Indian journal of veterinary science and animal husbandry - Volume 6,
Year: 1936
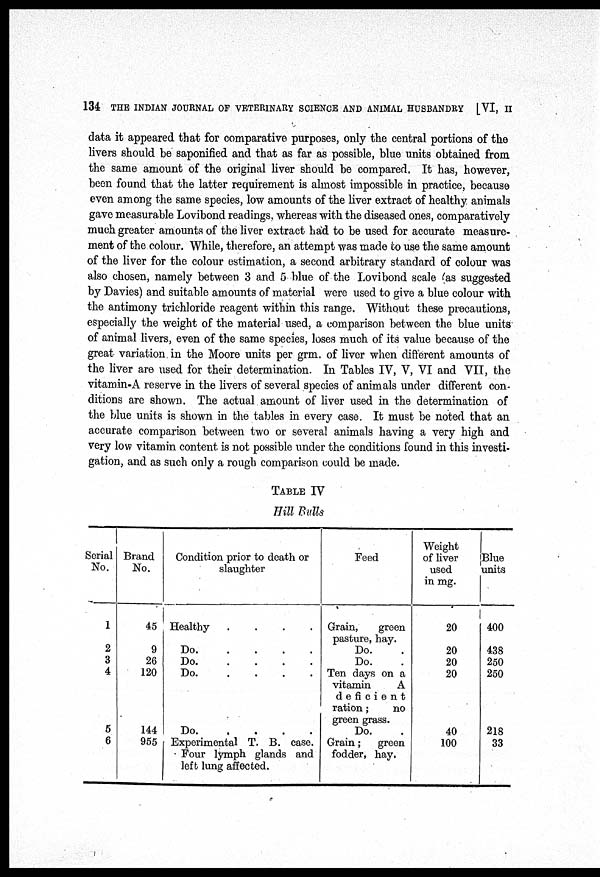
134 THE INDIAN JOURNAL OF VETERINARY SCIENCE AND ANIMAL HUSBANDRY [VI, II
data it appeared that for comparative purposes, only the central portions of the
livers should be saponified and that as far as possible, blue units obtained from
the same amount of the original liver should be compared. It has, however,
been found that the latter requirement is almost impossible in practice, because
even among the same species, low amounts of the liver extract of healthy animals
gave measurable Lovibond readings, whereas with the diseased ones, comparatively
much greater amounts of the liver extract had to be used for accurate measure-
ment of the colour. While, therefore, an attempt was made to use the same amount
of the liver for the colour estimation, a second arbitrary standard of colour was
also chosen, namely between 3 and 5 blue of the Lovibond scale (as suggested
by Davies) and suitable amounts of material were used to give a blue colour with
the antimony trichloride reagent within this range. Without these precautions,
especially the weight of the material used, a comparison between the blue units
of animal livers, even of the same species, loses much of its value because of the
great variation in the Moore units per grm. of liver when different amounts of
the liver are used for their determination. In Tables IV, V, VI and VII, the
vitamin-A reserve in the livers of several species of animals under different con-
ditions are shown. The actual amount of liver used in the determination of
the blue units is shown in the tables in every case It must be noted that an
accurate comparison between two or several animals having a very high and
very low vitamin content is not possible under the conditions found in this investi-
gation, and as such only a rough comparison could be made.
TABLE IV
Hill Bulls
Serial
No.
1
2
3
4
5
6
Brand
No.
45
9
26
120
144
955
Condition prior to death or
slaughter
Healthy
.
.
.
.
Do.
.
.
.
.
Do.
.
.
.
.
Do.
.
.
.
.
Do.
.
.
.
.
Experimental T. B. case.
Four lymph glands and
left lung affected.
Feed
Grain,
green
pasture, hay.
Do. .
Do. .
Ten days on a
vitamin
A
deficient
ration;
no
green grass.
Do. .
Grain;
green
fodder, hay.
Weight
of liver
used
in mg.
20
20
20
20
40
100
Blue
units
400
438
250
250
218
33